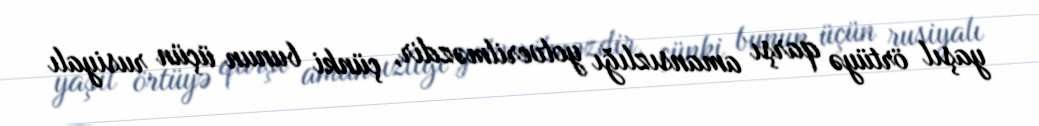
yaşıl örtüyə qarşı amansızlığı yolverilməzdir, çünki bunun üçün rusiyalı